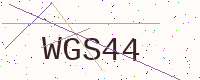
Text: WGS44